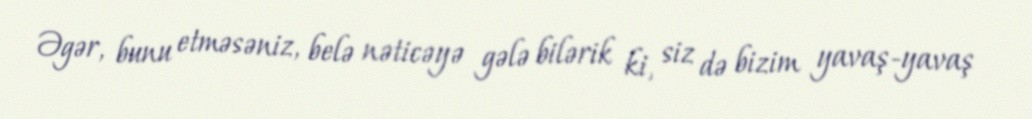
Əgər, bunu etməsəniz, belə nəticəyə gələ bilərik ki, siz də bizim yavaş-yavaş